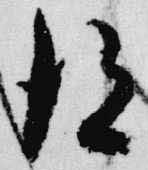
得